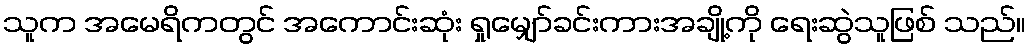
သူက အမေရိကတွင် အကောင်းဆုံး ရှုမျှော်ခင်းကားအချို့ကို ရေးဆွဲသူဖြစ် သည်။